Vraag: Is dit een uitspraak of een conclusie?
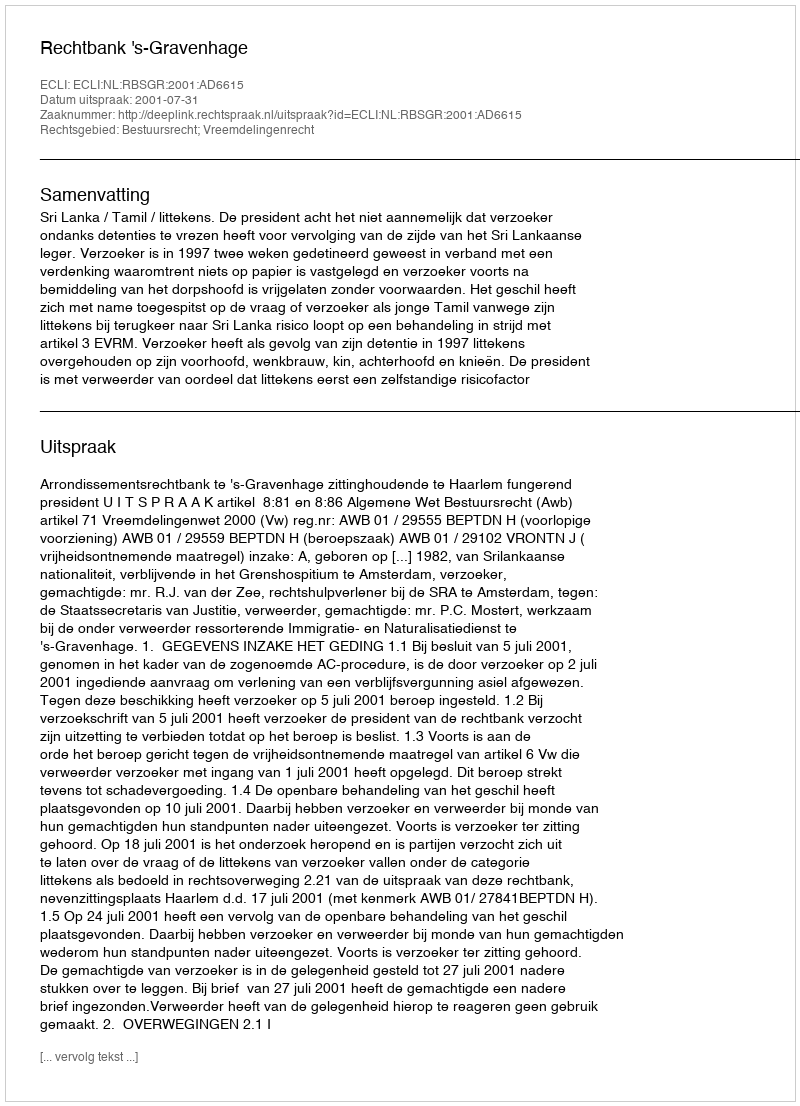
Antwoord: Uitspraak